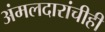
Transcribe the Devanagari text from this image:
अंमलदारांचीही